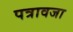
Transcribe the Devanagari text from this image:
पत्रावजा